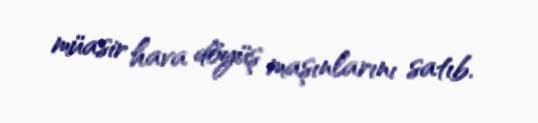
müasir hava döyüş maşınlarını satıb.